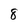
Character: 8